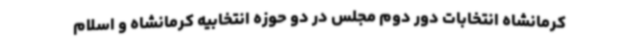
کرمانشاه انتخابات دور دوم مجلس در دو حوزه انتخابیه کرمانشاه و اسلام